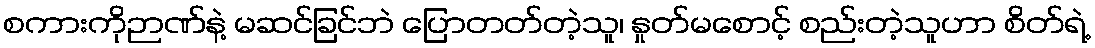
စကားကိုဉာဏ်နဲ့ မဆင်ခြင်ဘဲ ပြောတတ်တဲ့သူ၊ နှုတ်မစောင့် စည်းတဲ့သူဟာ စိတ်ရဲ့